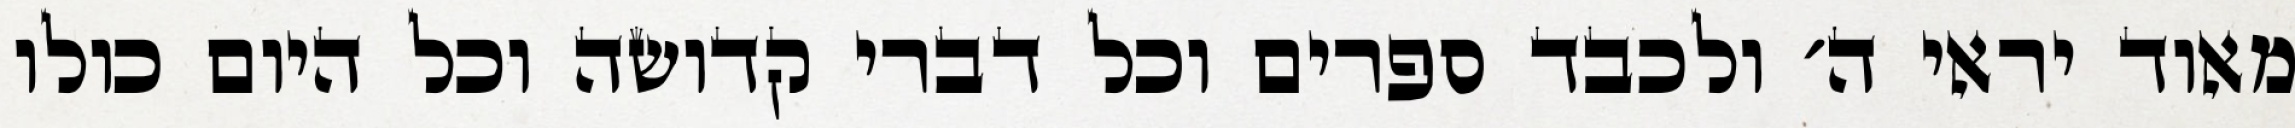
מאוד יראי ה׳ ולכבד ספרים וכל דברי קדושה וכל היום כולו